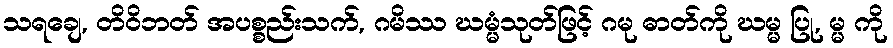
သရချေ, တိဝိဘတ် အပစ္စည်းသက်, ဂမိဿ ဃမ္မံသုတ်ဖြင့် ဂမု ဓာတ်ကို ဃမ္မ ပြု, မ္မ ကို